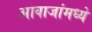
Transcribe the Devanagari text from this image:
आवाजांमध्ये